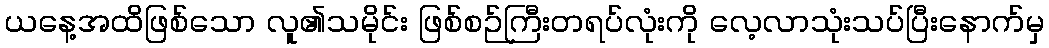
ယနေ့အထိဖြစ်သော လူ၏သမိုင်း ဖြစ်စဉ်ကြီးတရပ်လုံးကို လေ့လာသုံးသပ်ပြီးနောက်မှ